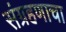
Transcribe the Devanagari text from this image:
संग्रहणाचा